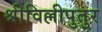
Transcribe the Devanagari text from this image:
श्रीविल्लीपुतुर